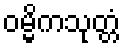
ဝမ္မိကသုတ္တံ